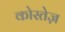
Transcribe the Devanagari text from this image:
कोरतेज़